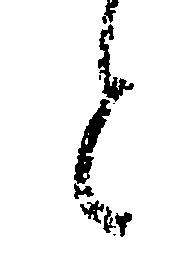
と